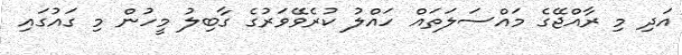
އަދި މި ރާއްޖޭގެ މައްސަލަތައް ހައްލު ކުރެވޭވަރުގެ ގާބިލު މީހުން މި ގައުގައި